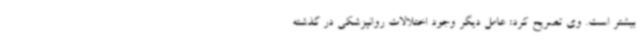
بیشتر است. وی تصریح کرد: عامل دیگر وجود اختلالات روانپزشکی در گذشته